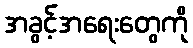
အခွင့်အရေးတွေကို